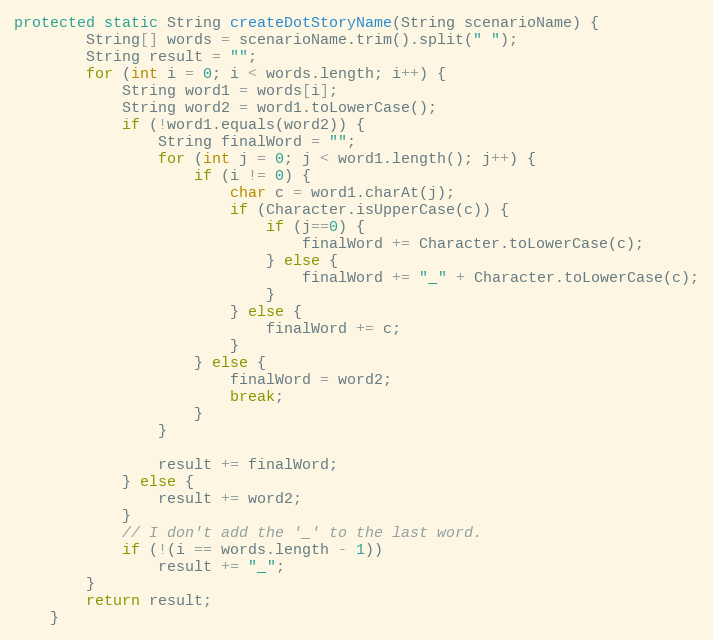
Language: Java
protected static String createDotStoryName(String scenarioName) {
        String[] words = scenarioName.trim().split(" ");
        String result = "";
        for (int i = 0; i < words.length; i++) {
            String word1 = words[i];
            String word2 = word1.toLowerCase();
            if (!word1.equals(word2)) {
                String finalWord = "";
                for (int j = 0; j < word1.length(); j++) {
                    if (i != 0) {
                        char c = word1.charAt(j);
                        if (Character.isUpperCase(c)) {
                            if (j==0) {
                                finalWord += Character.toLowerCase(c);
                            } else {
                                finalWord += "_" + Character.toLowerCase(c);
                            }
                        } else {
                            finalWord += c;
                        }
                    } else {
                        finalWord = word2;
                        break;
                    }
                }

                result += finalWord;
            } else {
                result += word2;
            }
            // I don't add the '_' to the last word.
            if (!(i == words.length - 1))
                result += "_";
        }
        return result;
    }